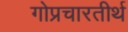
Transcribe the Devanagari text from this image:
गोप्रचारतीर्थ